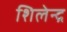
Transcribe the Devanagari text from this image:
शिलेन्द्र